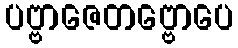
ပဗ္ဗာဇေတဗ္ဗောပေ